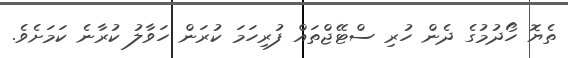
ތެޔޮ ހޯދުމުގެ ދެން ހުރި ސްޓޭޖްތައް ފުރިހަމަ ކުރަން ހަވާލު ކުރާނެ ކަމަށެވެ.